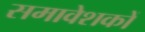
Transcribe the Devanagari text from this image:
समावेशकों